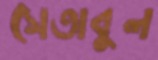
সেতাবুল